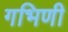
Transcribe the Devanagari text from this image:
गभिणी